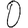
Digit: 0